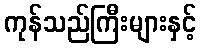
ကုန်သည်ကြီးများနှင့်